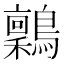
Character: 𬷶